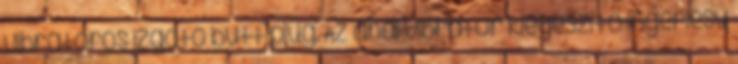
vibrátoros izgató butt plug. Az anál vibrátor kiegészítő ingerlésű